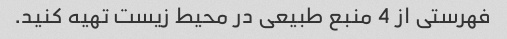
فهرستی از 4 منبع طبیعی در محیط زیست تهیه کنید.